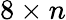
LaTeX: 8\times n